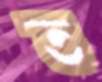
ত